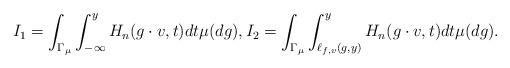
LaTeX: \begin{align*} I_1 = \int_{\Gamma_{\mu}} \int_{- \infty}^{y} H_n(g \cdot v, t) dt \mu(dg), I_2 = \int_{\Gamma_{\mu}} \int_{\ell_{f,v}(g,y)}^{y} H_n(g \cdot v, t) dt \mu(dg). \end{align*}